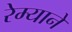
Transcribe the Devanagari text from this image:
रेम्याने